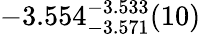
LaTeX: -3.554_{-3.571}^{-3.533}(10)